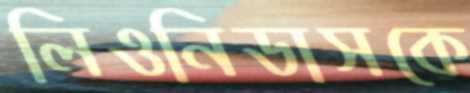
লিওনিডাসকে